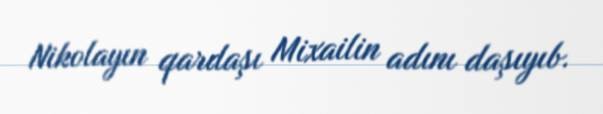
Nikolayın qardaşı Mixailin adını daşıyıb.